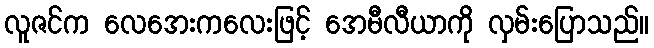
လူဇင်က လေအေးကလေးဖြင့် အေမီလီယာကို လှမ်းပြောသည်။